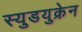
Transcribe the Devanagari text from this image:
स्युडयुक्रेन